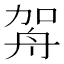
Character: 𦨦